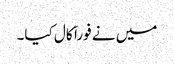
میں نے فوراَ َ کال کیا۔